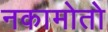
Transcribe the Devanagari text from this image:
नकामोतो